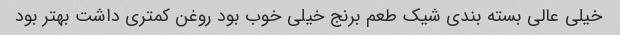
خیلی عالی بسته بندی شیک طعم برنج خیلی خوب بود روغن کمتری داشت بهتر بود